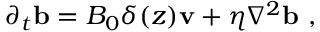
\partial _ { t } \mathbf { b } = B _ { 0 } \delta ( z ) \mathbf { v } + \eta \nabla ^ { 2 } \mathbf { b } ~ ,